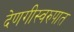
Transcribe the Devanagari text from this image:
देणगीस्वरुपात